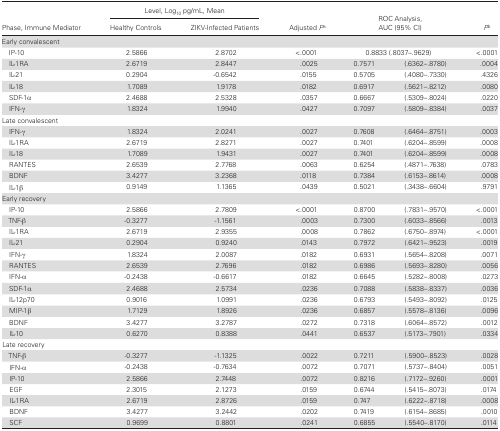
<table><thead><tr><td rowspan="2"><b>Phase, Immune Mediator</b></td><td colspan="2"><b>Level, Log<sub>10</sub> pg/mL, Mean</b></td><td rowspan="2"><b>Adjusted <i>P</i><sup>a</sup></b></td><td rowspan="2" colspan="2"><b>ROC Analysis, AUC (95% CI)</b></td><td rowspan="2"><b><i>P</i><sup>b</sup></b></td></tr><tr><td><b>Healthy Controls</b></td><td><b>ZIKV-Infected Patients</b></td></tr></thead><tbody><tr><td colspan="7">Early convalescent</td></tr><tr><td> IP-10</td><td>2.5866</td><td>2.8702</td><td>&lt;.0001</td><td colspan="2">0.8833 (.8037–.9629)</td><td>&lt;.0001</td></tr><tr><td> IL-1RA</td><td>2.6719</td><td>2.8447</td><td>.0025</td><td>0.7571</td><td>(.6362–.8780)</td><td>.0004</td></tr><tr><td> IL-21</td><td>0.2904</td><td>-0.6542</td><td>.0155</td><td>0.5705</td><td>(.4080–.7330)</td><td>.4326</td></tr><tr><td> IL-18</td><td>1.7089</td><td>1.9178</td><td>.0182</td><td>0.6917</td><td>(.5621–.8212)</td><td>.0080</td></tr><tr><td> SDF-1α</td><td>2.4688</td><td>2.5328</td><td>.0357</td><td>0.6667</td><td>(.5309–.8024)</td><td>.0220</td></tr><tr><td> IFN-γ</td><td>1.8324</td><td>1.9940</td><td>.0427</td><td>0.7097</td><td>(.5809–.8384)</td><td>.0037</td></tr><tr><td colspan="7">Late convalescent</td></tr><tr><td> IFN-γ</td><td>1.8324</td><td>2.0241</td><td>.0027</td><td>0.7608</td><td>(.6464–.8751)</td><td>.0003</td></tr><tr><td> IL-1RA</td><td>2.6719</td><td>2.8271</td><td>.0027</td><td>0.7401</td><td>(.6204–.8599)</td><td>.0008</td></tr><tr><td> IL-18</td><td>1.7089</td><td>1.9431</td><td>.0027</td><td>0.7401</td><td>(.6204–.8599)</td><td>.0008</td></tr><tr><td> RANTES</td><td>2.6539</td><td>2.7768</td><td>.0063</td><td>0.6254</td><td>(.4871–.7638)</td><td>.0783</td></tr><tr><td> BDNF</td><td>3.4277</td><td>3.2368</td><td>.0118</td><td>0.7384</td><td>(.6153–.8614)</td><td>.0008</td></tr><tr><td> IL-1β</td><td>0.9149</td><td>1.1365</td><td>.0439</td><td>0.5021</td><td>(.3438–.6604)</td><td>.9791</td></tr><tr><td colspan="7">Early recovery</td></tr><tr><td> IP-10</td><td>2.5866</td><td>2.7809</td><td>&lt;.0001</td><td>0.8700</td><td>(.7831–.9570)</td><td>&lt;.0001</td></tr><tr><td> TNF-β</td><td>-0.3277</td><td>-1.1561</td><td>.0003</td><td>0.7300</td><td>(.6033–.8566)</td><td>.0013</td></tr><tr><td> IL-1RA</td><td>2.6719</td><td>2.9355</td><td>.0008</td><td>0.7862</td><td>(.6750–.8974)</td><td>&lt;.0001</td></tr><tr><td> IL-21</td><td>0.2904</td><td>0.9240</td><td>.0143</td><td>0.7972</td><td>(.6421–.9523)</td><td>.0019</td></tr><tr><td> IFN-γ</td><td>1.8324</td><td>2.0087</td><td>.0182</td><td>0.6931</td><td>(.5654–.8208)</td><td>.0071</td></tr><tr><td> RANTES</td><td>2.6539</td><td>2.7696</td><td>.0182</td><td>0.6986</td><td>(.5693–.8280)</td><td>.0056</td></tr><tr><td> IFN-α</td><td>-0.2438</td><td>-0.6617</td><td>.0182</td><td>0.6645</td><td>(.5282–.8008)</td><td>.0273</td></tr><tr><td> SDF-1α</td><td>2.4688</td><td>2.5734</td><td>.0236</td><td>0.7088</td><td>(.5838–.8337)</td><td>.0036</td></tr><tr><td> IL-12p70</td><td>0.9016</td><td>1.0991</td><td>.0236</td><td>0.6793</td><td>(.5493–.8092)</td><td>.0125</td></tr><tr><td> MIP-1β</td><td>1.7129</td><td>1.8926</td><td>.0236</td><td>0.6857</td><td>(.5578–.8136)</td><td>.0096</td></tr><tr><td> BDNF</td><td>3.4277</td><td>3.2787</td><td>.0272</td><td>0.7318</td><td>(.6064–.8572)</td><td>.0012</td></tr><tr><td> IL-10</td><td>0.6270</td><td>0.8388</td><td>.0441</td><td>0.6537</td><td>(.5173–.7901)</td><td>.0334</td></tr><tr><td colspan="7">Late recovery</td></tr><tr><td> TNF-β</td><td>-0.3277</td><td>-1.1325</td><td>.0022</td><td>0.7211</td><td>(.5900–.8523)</td><td>.0028</td></tr><tr><td> IFN-α</td><td>-0.2438</td><td>-0.7634</td><td>.0072</td><td>0.7071</td><td>(.5737–.8404)</td><td>.0051</td></tr><tr><td><b> </b>IP-10</td><td>2.5866</td><td>2.7448</td><td>.0072</td><td>0.8216</td><td>(.7172–.9260)</td><td>.0001</td></tr><tr><td> EGF</td><td>2.3015</td><td>2.1273</td><td>.0159</td><td>0.6744</td><td>(.5415–.8073)</td><td>.0174</td></tr><tr><td> IL-1RA</td><td>2.6719</td><td>2.8726</td><td>.0159</td><td>0.747</td><td>(.6222–.8718)</td><td>.0008</td></tr><tr><td> BDNF</td><td>3.4277</td><td>3.2442</td><td>.0202</td><td>0.7419</td><td>(.6154–.8685)</td><td>.0010</td></tr><tr><td> SCF</td><td>0.9699</td><td>0.8801</td><td>.0241</td><td>0.6855</td><td>(.5540–.8170)</td><td>.0114</td></tr></tbody></table>